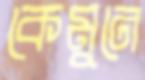
কেমুনে